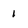
Character: 1